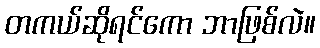
တကယ်ဆိုရင်ကော ဘာဖြစ်လဲ။